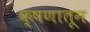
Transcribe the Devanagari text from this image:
क्षणातून